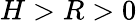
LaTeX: H>R>0